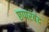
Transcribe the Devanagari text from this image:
छप्परबंद